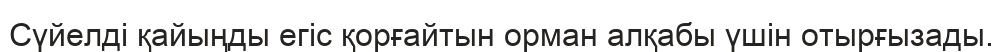
Сүйелді қайыңды егіс қорғайтын орман алқабы үшін отырғызады.